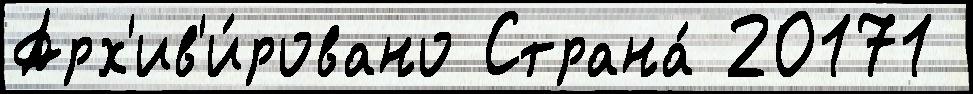
Арх'ив'и́ровано Страна́ 20171